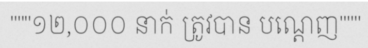
"""១២,០០០ នាក់ ត្រូវបាន បណ្តេញ"""